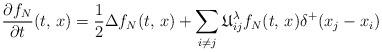
LaTeX: \begin{align*}\frac{\partial f_{N}}{\partial t}(t,\,x)=\frac{1}{2}\Delta f_{N}(t,\,x)+\sum_{i\neq j}\mathfrak{U}_{ij}^{\lambda}f_{N}(t,\,x)\delta^{+}(x_{j}-x_{i})\end{align*}